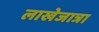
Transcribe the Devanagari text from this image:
लाखेजात्रा